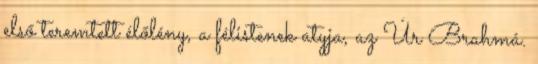
első teremtett élőlény, a félistenek atyja, az Úr Brahmá.